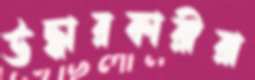
উদ্ধারকারীরা